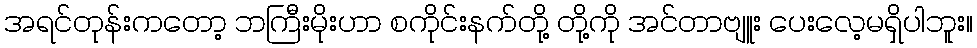
အရင်တုန်းကတော့ ဘကြီးမိုးဟာ စကိုင်းနက်တို့ တို့ကို အင်တာဗျူး ပေးလေ့မရှိပါဘူး။